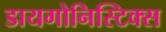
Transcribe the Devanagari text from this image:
डायगोनिस्टिक्‍स